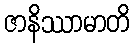
ဇာနိဿာမာတိ